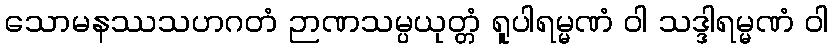
သောမနဿသဟဂတံ ဉာဏသမ္ပယုတ္တံ ရူပါရမ္မဏံ ဝါ သဒ္ဒါရမ္မဏံ ဝါ